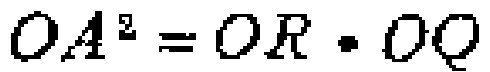
$OA^{2}=OR\cdot OQ$